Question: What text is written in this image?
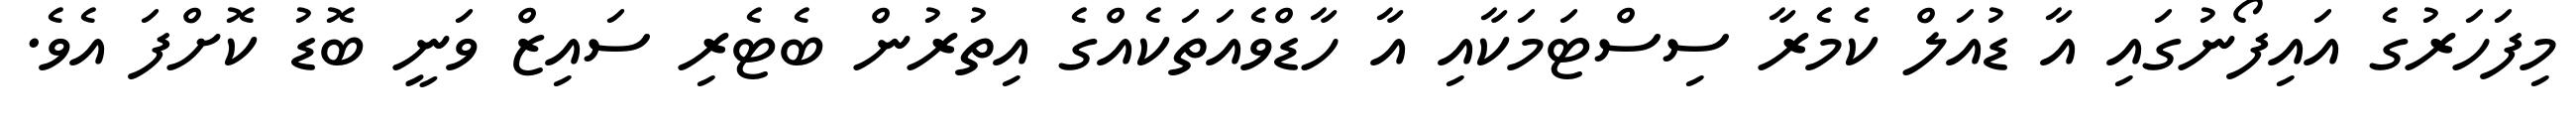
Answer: މިފަހަރުގެ އައިފޯނުގައި އާ ޑުއަލް ކެމެރާ ސިސްޓަމަކާއި އާ ހާޑްވެއަތަކެއްގެ އިތުރުން ބެޓެރި ސައިޒް ވަނީ ބޮޑު ކޮށްފަ އެވެ.